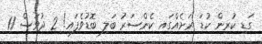
ގަޑި ކުރިން ކުޑަ ރަށެއްގައި ކެންސަރު ބަލި ބޮޑުވެފައި! 2 ދުވަސް 11